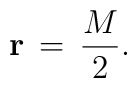
{\bf r} \,=\,\frac{M}{2}.